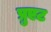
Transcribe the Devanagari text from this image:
प्रुएट